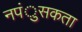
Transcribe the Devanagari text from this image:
नपंुसकता